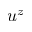
u ^ { z }